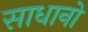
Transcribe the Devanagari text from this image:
साधानो